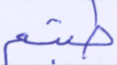
طبتم